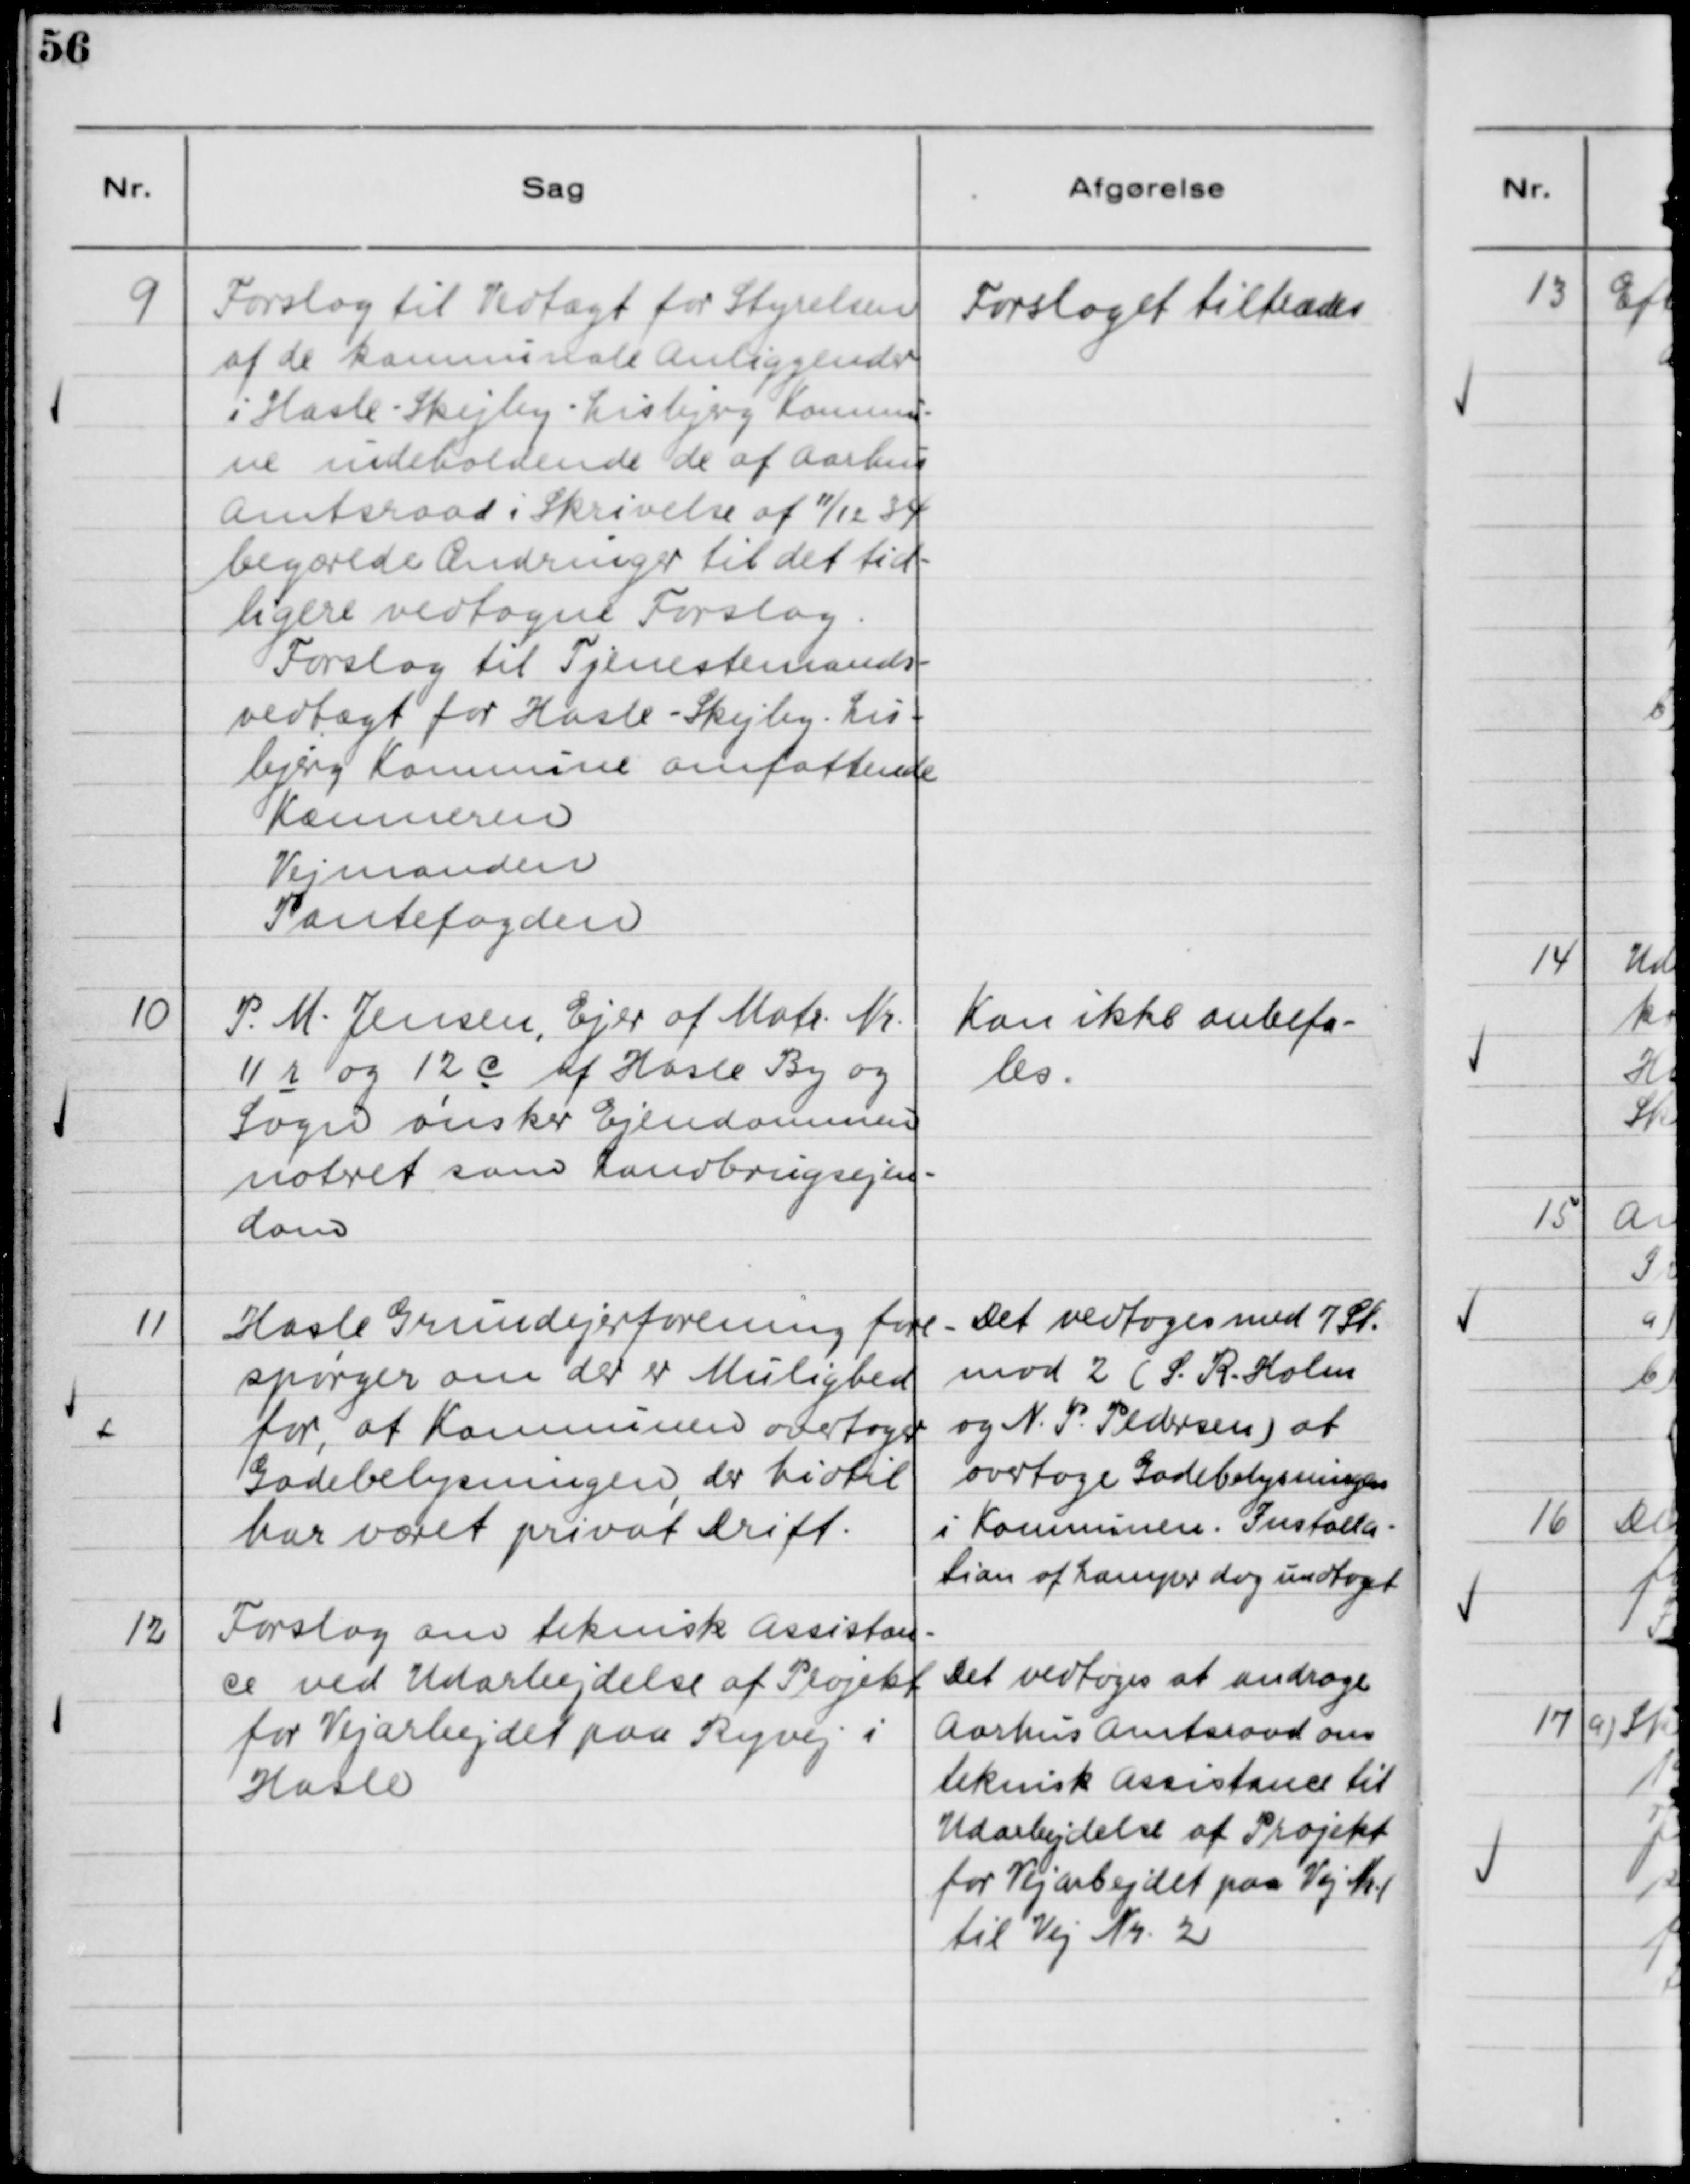
Transskription:
9

Forslag til Vedtægt for Styrelsen
af de kommunale Anliggender
i Hasle - Skejby - Lisbjerg Kommu-
ne indeholdende de af Aarhus
Amtsraad i Skrivelse af 11/12 34
begærede Ændringer til det tid-
ligere vedtagne Forslag.
Forslag til Tjenestemands-
vedtægt for Hasle - Skejby - Lis-
bjerg Kommune omfattende
Kæmneren
Vejmanden
Pantefogden

Forslaget tiltrædes

10

P. M. Jensen, Ejer af Matr. Nr.
11 r og 12 C af Hasle By og
Sogn ønsker Ejendommen
noteret som Landbrugsejen-
dom

Kan ikke anbefa-
les

11

Hasle Grundejerforening fore-
spørger om der er Mulighed
for, at Kommunen overtager
Gadebelysningen, der hidtil
har været privat Drift.

Det vedtages med 7 St.
mod 2 (S. R. Holm og
N. P. Pedersen) at
overtage Gadebelysningen
i Kommunen. Installa-
tion af Lamper dog undtaget.

12

Forslag om teknisk Assistan-
ce ved Udarbejdelse af Projekt
for Vejarbejdet paa Ryvej i
Hasle.

Det vedtoges at andrage
Aarhus Amtsraad om
teknisk Assistance til
Udarbejdelse af Projekt
for Vejarbejdet paa Vej Nr. 1
til Vej Nr. 2